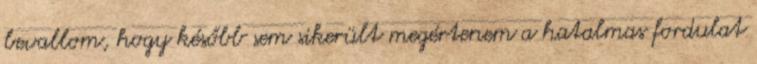
bevallom, hogy később sem sikerült megértenem a hatalmas fordulat